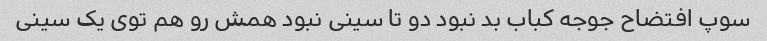
سوپ افتضاح جوجه کباب بد نبود دو تا سینی نبود همش رو هم توی یک سینی